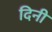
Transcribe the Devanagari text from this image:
दिनी